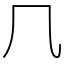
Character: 𠘨